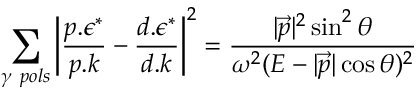
\sum _ { \gamma \ p o l s } \left| \frac { p . \epsilon ^ { * } } { p . k } - \frac { d . \epsilon ^ { * } } { d . k } \right| ^ { 2 } = \frac { | \vec { p } | ^ { 2 } \sin ^ { 2 } \theta } { \omega ^ { 2 } ( E - | \vec { p } | \cos \theta ) ^ { 2 } }